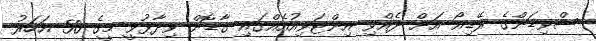
ސްވިޑަންގެ ރޭޑިއޯ އަށް ދެއްވި އިންޓަވިއުއެއްގައި ގާޑޮން ވިދާޅުވީ މީގެ 50 އަހަރު